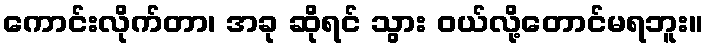
ကောင်းလိုက်တာ၊ အခု ဆိုရင် သွား ဝယ်လို့တောင်မရဘူး။